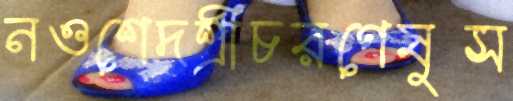
নওশেদশ্রীচরণেষুস